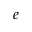
e